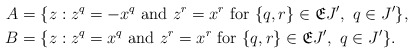
\begin{align*}A &= \{z:z^q=-x^q\mbox{ and }z^r=x^r\mbox{ for }\{q,r\}\in\mathfrak{E}J',~q\in J'\} ,\\B &= \{z:z^q=x^q\mbox{ and }z^r=x^r\mbox{ for }\{q,r\}\in\mathfrak{E}J',~q\in J'\}.\end{align*}